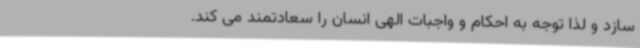
سازد و لذا توجه به احکام و واجبات الهی انسان را سعادتمند می کند.